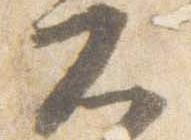
大